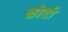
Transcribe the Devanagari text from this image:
कौर्डा